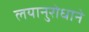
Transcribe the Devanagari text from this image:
लयानुरोधाने